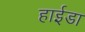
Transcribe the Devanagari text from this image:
हाईडा